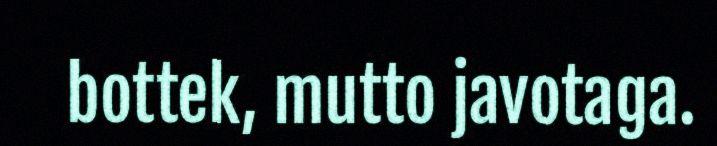
bottek, mutto javotaga.